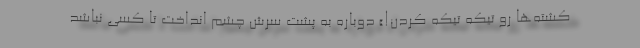
کشته‌ها رو تیکه تیکه کردن!» دوباره به پشت سرش چشم انداخت تا کسی نباشد